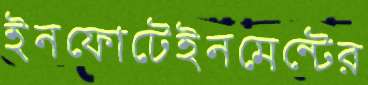
ইনফোটেইনমেন্টের